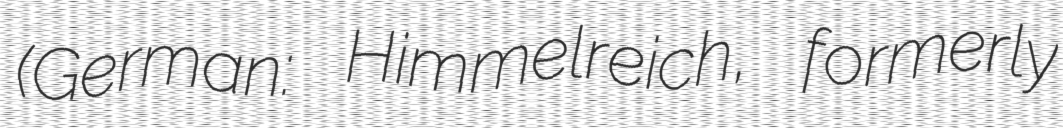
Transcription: (German: Himmelreich, formerly